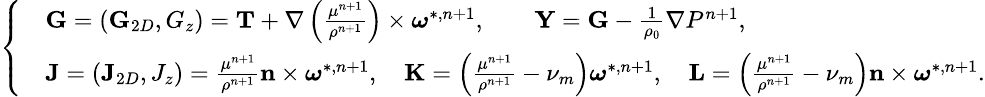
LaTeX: \small\left\{ \begin{array}{rl}&{\textbf{G}=(\textbf{G}_{2D},G_{z})=\textbf{T}+\nabla\left(\frac{\mu^{n+1}}{\rho^{n+1}}\right)\times\boldsymbol{\omega}^{*,n+1},\qquad\textbf{Y}=\textbf{G}-\frac{1}{\rho_{0}}\nabla P^{n+1},}\\ &{\textbf{J}=(\textbf{J}_{2D},J_{z})=\frac{\mu^{n+1}}{\rho^{n+1}}\textbf{n}\times\boldsymbol{\omega}^{*,n+1},\quad\textbf{K}=\left(\frac{\mu^{n+1}}{\rho^{n+1}}-\nu_{m}\right)\boldsymbol{\omega}^{*,n+1},\quad\textbf{L}=\left(\frac{\mu^{n+1}}{\rho^{n+1}}-\nu_{m}\right)\textbf{n}\times\boldsymbol{\omega}^{*,n+1}.}\end{array}\right.